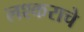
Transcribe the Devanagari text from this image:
लश्कराचे